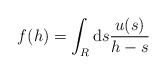
\begin{align*}f (h) = \int_R {\rm d}s \frac{u(s)}{h-s}\end{align*}